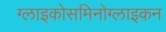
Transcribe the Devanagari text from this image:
ग्लाइकोसमिनोग्लाइकन